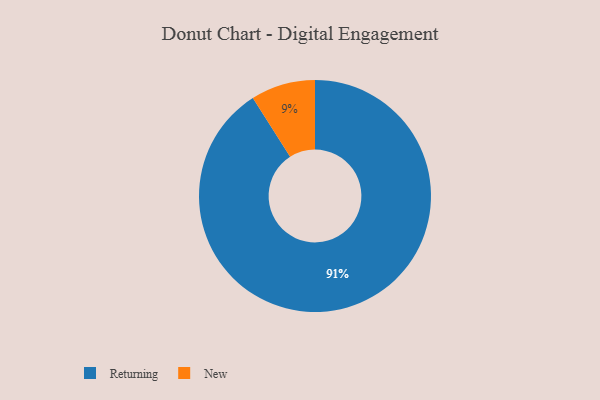
{"axis": {"x": "Category", "y": "Percentage"}, "legend": ["New", "Returning"], "data": [{"x": "Returning", "y": 91, "type": "Returning"}, {"x": "New", "y": 9, "type": "New"}]}